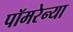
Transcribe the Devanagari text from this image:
पॉमरेन्या